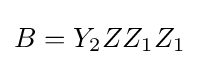
B=Y_{2}ZZ_{1}Z_{1}